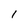
Character: 1